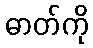
ဓာတ်ကို